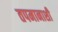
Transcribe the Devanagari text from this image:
तपमानाशी